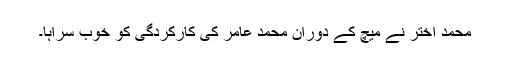
محمد اختر نے میچ کے دوران محمد عامر کی کارکردگی کو خوب سراہا۔